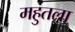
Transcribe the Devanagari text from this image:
महुतला